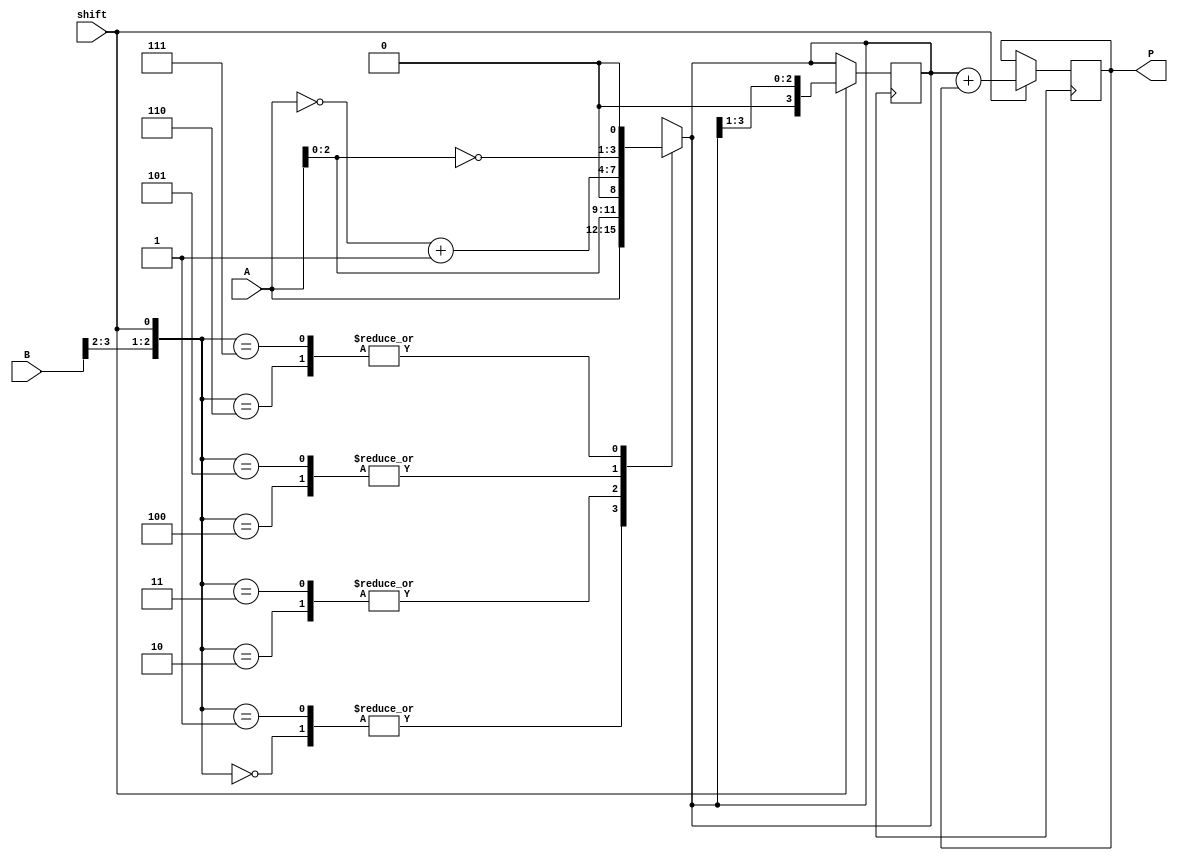
module booth_multiplier(
    input [3:0] A,
    input [3:0] B,
    input shift,
    output reg [7:0] P
);

reg [3:0] PP;

always @ (A, B, shift) begin
    case ({B[3], B[2], shift})
        3'b000: PP <= {4'b0000, A};
        3'b001: PP <= {4'b0000, A};
        3'b010: PP <= {4'b0000, A << 1};
        3'b011: PP <= {4'b0000, A << 1};
        3'b100: PP <= {4'b1111, ~A + 1};
        3'b101: PP <= {4'b1111, ~A + 1};
        3'b110: PP <= {4'b1111, ~A << 1};
        3'b111: PP <= {4'b1111, ~A << 1};
    endcase
end

always @ (posedge clk) begin
    if (shift) begin
        P <= PP + P;
        PP <= PP >> 1;
    end
end

endmodule